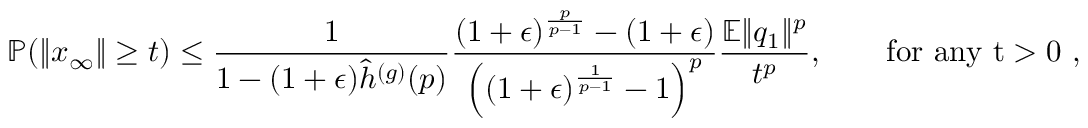
\mathbb { P } ( \Vert x _ { \infty } \Vert \geq t ) \leq \frac { 1 } { 1 - ( 1 + \epsilon ) \hat { h } ^ { ( g ) } ( p ) } \frac { ( 1 + \epsilon ) ^ { \frac { p } { p - 1 } } - ( 1 + \epsilon ) } { \left( ( 1 + \epsilon ) ^ { \frac { 1 } { p - 1 } } - 1 \right) ^ { p } } \frac { \mathbb { E } \Vert q _ { 1 } \Vert ^ { p } } { t ^ { p } } , \qquad \mathrm { f o r ~ a n y ~ t > 0 ~ } ,